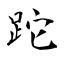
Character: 跎